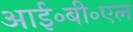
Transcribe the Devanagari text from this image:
आई॰बी॰एल